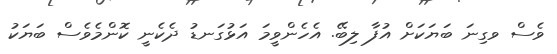
ވެސް ވގިނަ ބަޔަކަށް އުފާ ލިބޭ. އެހެންވީމަ އަޅުގަނޑު ދެކެނީ ކޮންމެވެސް ބަޔަކު